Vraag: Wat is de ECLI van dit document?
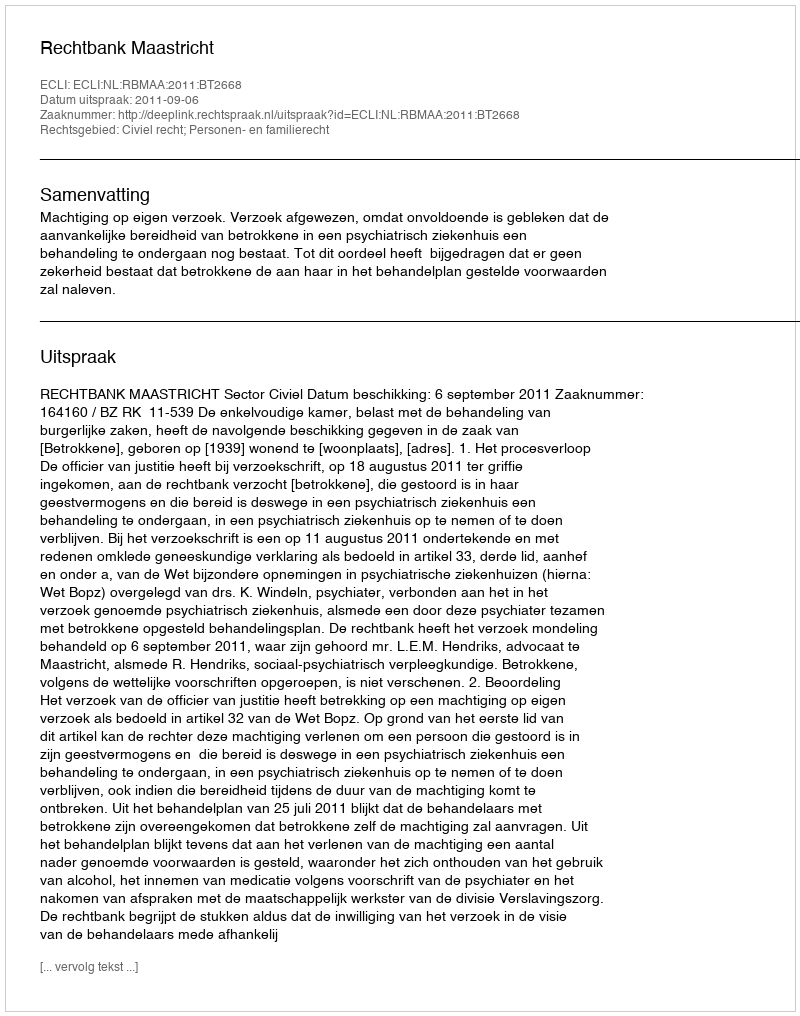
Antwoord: ECLI:NL:RBMAA:2011:BT2668